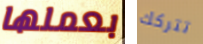
بعملها تتركك